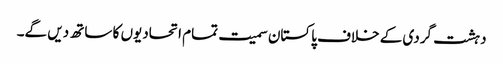
دہشت گردی کے خلاف پاکستان سمیت تمام اتحادیوں کا ساتھ دیں گے۔